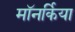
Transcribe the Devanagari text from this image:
मॉनर्किया